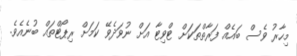
މިހާރު ވެސް ބައެއް ފަރާތްތަކަށް ޓްވިޓާ އަށް ނުވަދެވޭ ކަމަށް ރިޕޯޓްތައް ބުނެއެވެ.